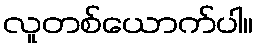
လူတစ်ယောက်ပါ။